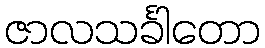
ဇာလသင်္ခါတော